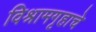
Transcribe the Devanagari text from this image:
विश्रामगृहाचे